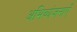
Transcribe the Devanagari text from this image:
अभिव्यंजनाएँ